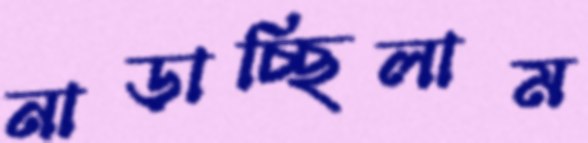
নাড়াচ্ছিলাম